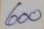
600